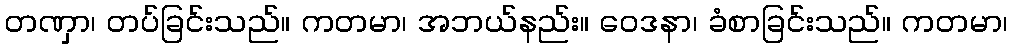
တဏှာ၊ တပ်ခြင်းသည်။ ကတမာ၊ အဘယ်နည်း။ ဝေဒနာ၊ ခံစာခြင်းသည်။ ကတမာ၊